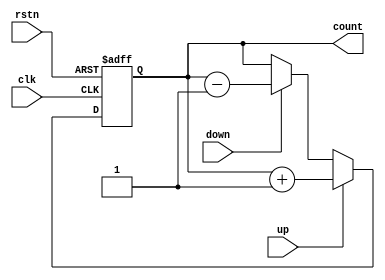
/*
 *
 * Copyright 2015, Stephen A. Rodgers. All rights reserved.
 *
 * 
 * This program is free software; you can redistribute it and/or modify
 * it under the terms of the GNU General Public License as published by
 * the Free Software Foundation; either version 2 of the License, or
 * (at your option) any later version.
 * 
 * This program is distributed in the hope that it will be useful,
 * but WITHOUT ANY WARRANTY; without even the implied warranty of
 * MERCHANTABILITY or FITNESS FOR A PARTICULAR PURPOSE.  See the
 * GNU General Public License for more details.
 * 
 * You should have received a copy of the GNU General Public License
 * along with this program; if not, write to the Free Software
 * Foundation, Inc., 51 Franklin Street, Fifth Floor, Boston,
 * MA 02110-1301, USA.
 * 
 */

`default_nettype none

/*
* Arbitrary width synchronous up/down counter
*/

module counter (rstn, clk, up, down, count);
    // Default parameter. This can be overrriden
	parameter WIDTH = 8;
	
	input rstn;
	input clk;
	input up;
	input down;
	output [WIDTH-1:0] count;
	
	reg[WIDTH-1:0] count_int = 0;
	
	assign count = count_int;
	
	always @ (posedge clk or negedge rstn) begin
		if(rstn == 0) begin
			count_int <= 0;
		end else begin		
			if(up == 1) begin
				count_int  <= count_int + 1'b1;
			end else if(down == 1) begin
				count_int <= count_int - 1'b1;
			end
		end
	end
endmodule